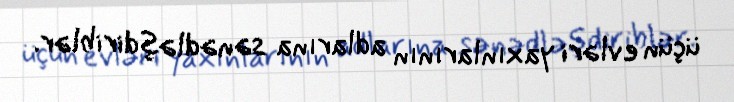
üçün evləri yaxınlarının adlarına sənədləşdiriblər.